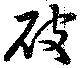
破